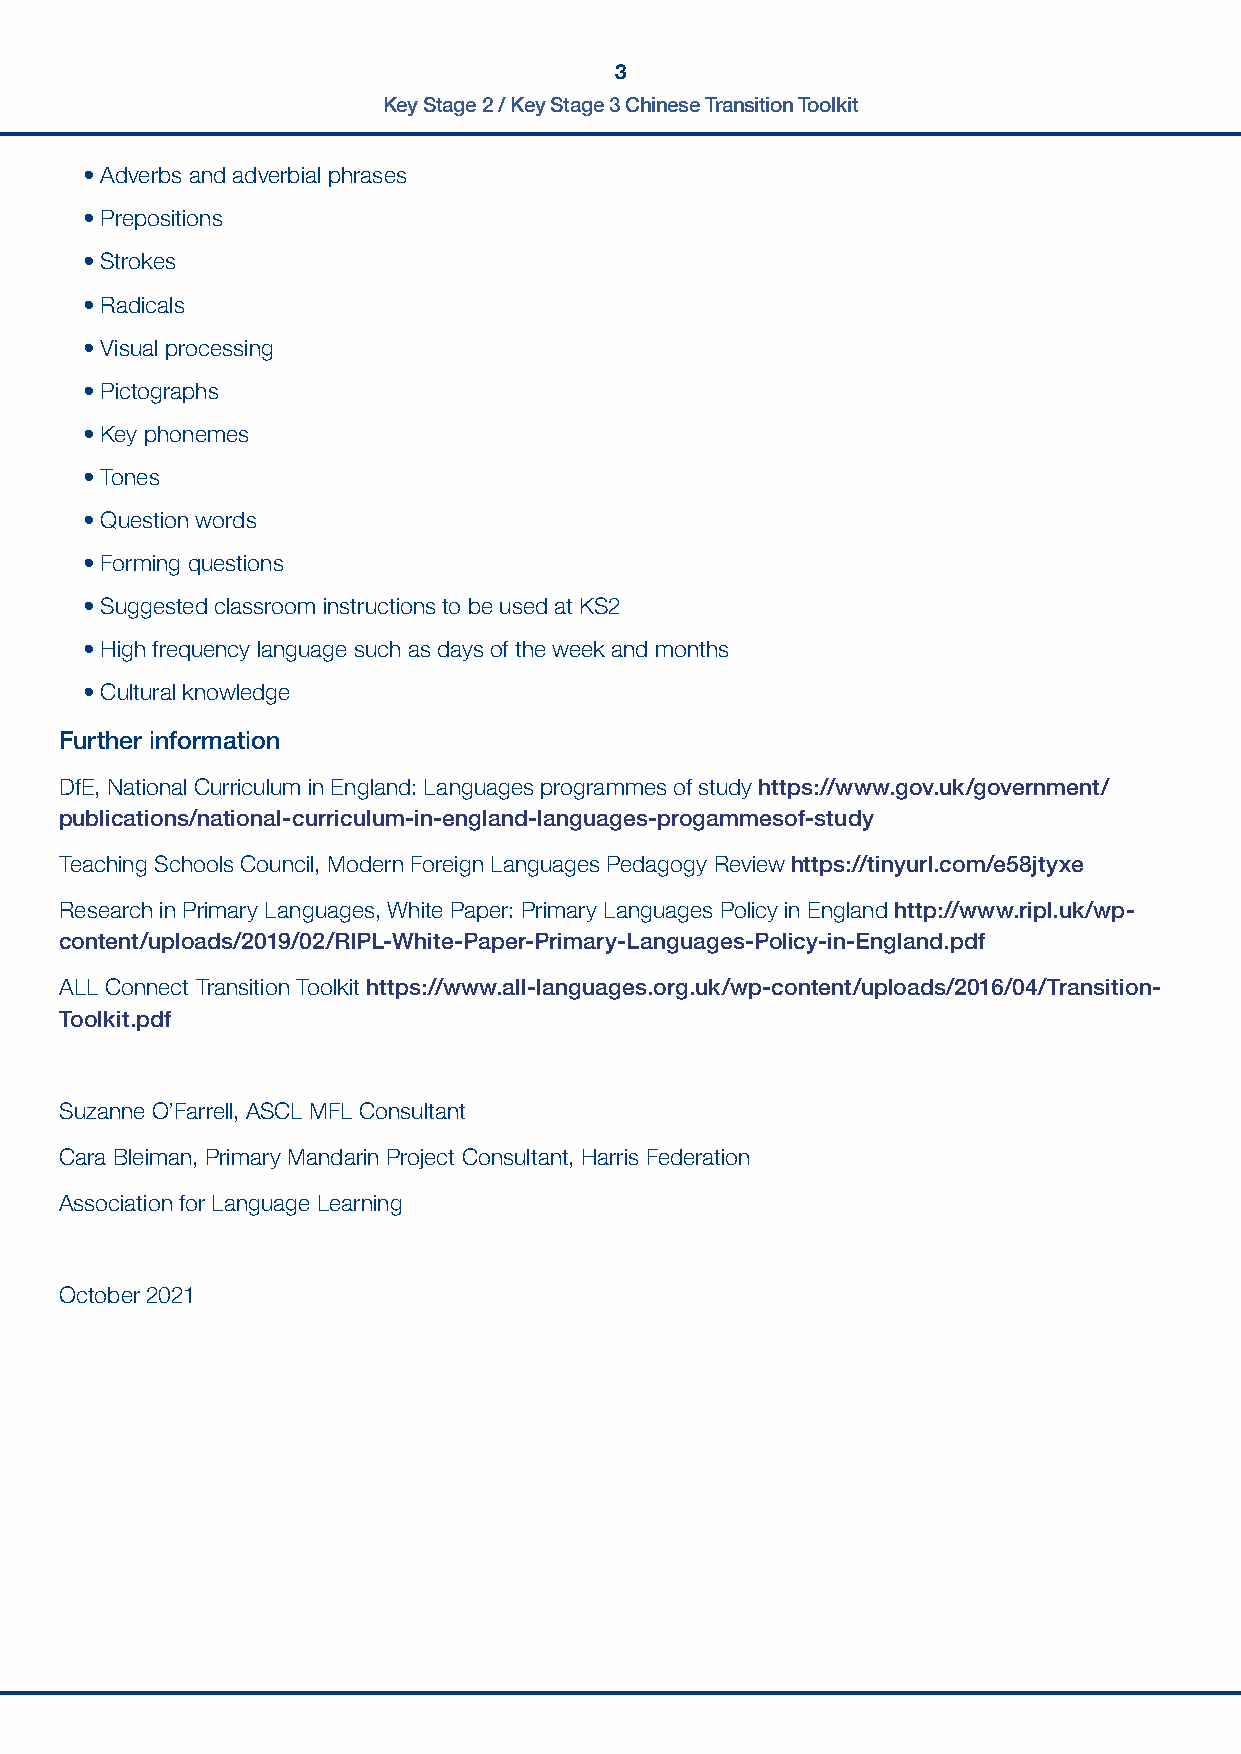
3
 Key Stage 2 / Key Stage 3 Chinese Transition Toolkit
 • Adverbs and adverbial phrases
 • Prepositions
 • Strokes
 • Radicals
 • Visual processing
 • Pictographs
 • Key phonemes
 • Tones
 • Question words
 • Forming questions
 • Suggested classroom instructions to be used at KS2
 • High frequency language such as days of the week and months
 • Cultural knowledge
 Further information
 DfE, National Curriculum in England: Languages programmes of study https://www.gov.uk/government/
 publications/national-curriculum-in-england-languages-progammesof-study
 Teaching Schools Council, Modern Foreign Languages Pedagogy Review https://tinyurl.com/e58jtyxe
 Research in Primary Languages, White Paper: Primary Languages Policy in England http://www.ripl.uk/wp-
 content/uploads/2019/02/RIPL-White-Paper-Primary-Languages-Policy-in-England.pdf
 ALL Connect Transition Toolkit https://www.all-languages.org.uk/wp-content/uploads/2016/04/Transition-
 Toolkit.pdf
 Suzanne O’Farrell, ASCL MFL Consultant
 Cara Bleiman, Primary Mandarin Project Consultant, Harris Federation
 Association for Language Learning
 October 2021